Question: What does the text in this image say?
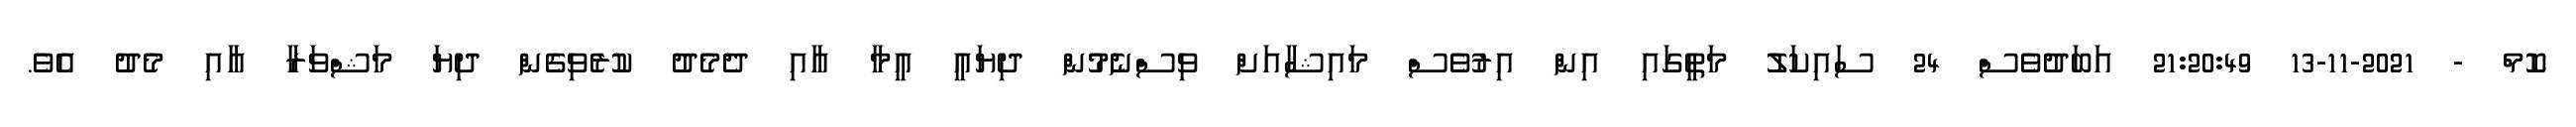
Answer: ކޮމް - 2021-11-13 21:20:49 އަބަދުވެސް 24 ސައިކަލު މަތީގައި އިން އިރުވެސް މައިޝާއަށް ވިސްނެމުން ދިޔައީ އީމާ އާއި ދެމެދު ކުރެވިގެން ދިޔަ މަޝްވަރާ އާއި މެދު އެވެ.